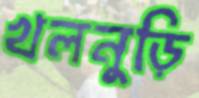
খলনুড়ি